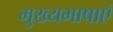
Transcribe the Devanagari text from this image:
मुख्यभाषाएँ